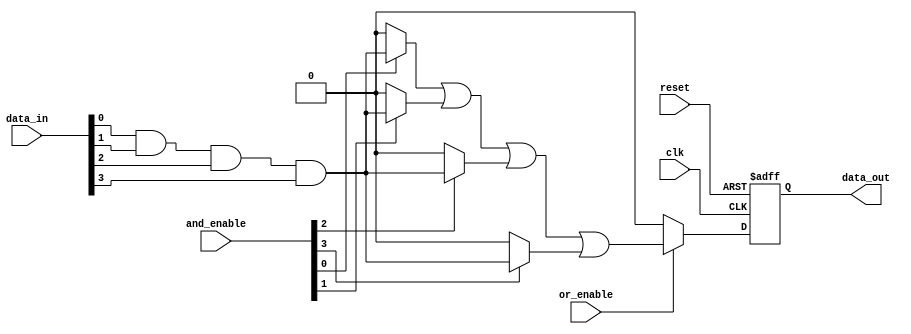
module RPAL #(
    parameter NUM_INPUTS = 4,      // Number of inputs
    parameter NUM_AND_TERMS = 4,    // Number of AND terms
    parameter NUM_OR_TERMS = 1       // Number of OR terms
)(
    input wire clk,                  // Clock signal
    input wire reset,                // Asynchronous reset
    input wire [NUM_INPUTS-1:0] data_in, // Data inputs
    input wire [NUM_AND_TERMS-1:0] and_enable, // AND array enable signals
    input wire [NUM_OR_TERMS-1:0] or_enable,   // OR array enable signals
    output reg [NUM_OR_TERMS-1:0] data_out // Data outputs
);

// Internal signals
wire [NUM_AND_TERMS-1:0] and_out; // Outputs of the AND array
wire [NUM_OR_TERMS-1:0] or_out;    // Outputs of the OR array

// Programmable AND array
genvar i;
generate
    for (i = 0; i < NUM_AND_TERMS; i = i + 1) begin : and_array
        assign and_out[i] = and_enable[i] ? (data_in[0] & data_in[1] & data_in[2] & data_in[3]) : 1'b0; // Example logic
    end
endgenerate

// Programmable OR array
generate
    for (i = 0; i < NUM_OR_TERMS; i = i + 1) begin : or_array
        assign or_out[i] = or_enable[i] ? (and_out[0] | and_out[1] | and_out[2] | and_out[3]) : 1'b0; // Example logic
    end
endgenerate

// Registers to store output
always @(posedge clk or posedge reset) begin
    if (reset) begin
        data_out <= 0; // Clear output on reset
    end else begin
        data_out <= or_out; // Store OR output in registers
    end
end

endmodule